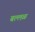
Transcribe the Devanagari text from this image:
बल्लळ